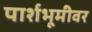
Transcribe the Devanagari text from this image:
पार्शभूमीवर